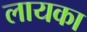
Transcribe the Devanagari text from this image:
लायका